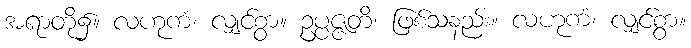
အရာတို့၌။ လဟုကံ၊ လျှင်စွာ။ ဥပ္ပဇ္ဇတိ၊ ဖြစ်သနည်း။ လဟုကံ၊ လျှင်စွာ။